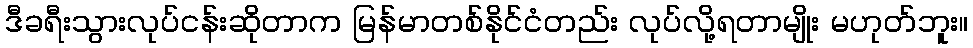
ဒီခရီးသွားလုပ်ငန်းဆိုတာက မြန်မာတစ်နိုင်ငံတည်း လုပ်လို့ရတာမျိုး မဟုတ်ဘူး။